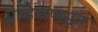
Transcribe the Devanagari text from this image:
सेव्हियापासून